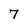
Character: 7